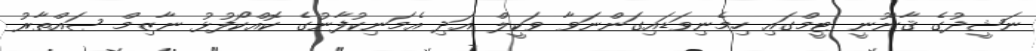
ނަޝީދުގެ ޤާނޫނީ ޓީމްގައި ހިމެނިވަޑައިގަންނަވާ ވަކީލް އަދި އެމަނިކުފާނުގެ ކޮއްކޯފުޅު ނާޒިމް ޞައްތާރު